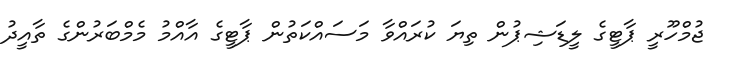
ޖުމްހޫރީ ޕާޓީގެ ލީޑަޝިޕުން ތިޔަ ކުރައްވާ މަސައްކަތުން ޕާޓީގެ އާއްމު މެމްބަރުންގެ ތާއީދު